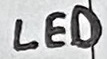
Text: LED